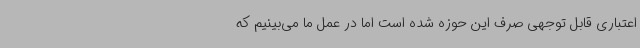
اعتباری قابل توجهی صرف این حوزه شده است اما در عمل ما می‌بینیم که